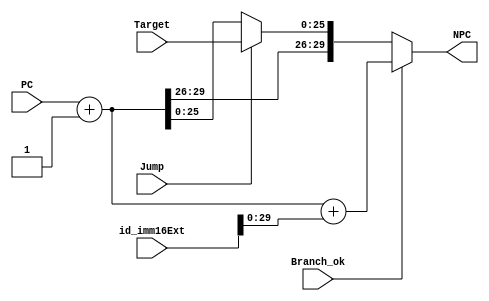
module npc (id_imm16Ext,Branch_ok,Jump,Target,PC,NPC);//(id_imm16,if_flush,id_Jump,ins[25:0],PC,NPC);
	input[31:0]  	  id_imm16Ext;
	input		 	  Branch_ok;
	input		 	  Jump;
	input[25:0]  	  Target;
	input[31:2]  	  PC;
	output[31:2] NPC;
	
	wire [31:2] PC_plus_4 = PC[31:2] + 1;
	wire [31:2] PC_br 	  = PC_plus_4[31:2]+ id_imm16Ext[29:0]; //id_imm16Ext

	wire [31:2] PC_jump   = { PC_plus_4[31:28] , Target[25:0] };

	assign NPC = (Branch_ok==1) ? PC_br   :
		         ((Jump==1)     ? PC_jump : PC_plus_4);
endmodule